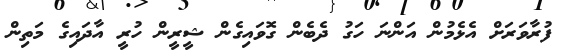
ފުރާވަރަށް އެޅެމުން އަންނަ ހަގު ދެބެން ގޮވައިގެން ޝީރީން ހުރީ އާދައިގެ މަތިން